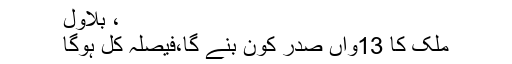
، بلاول
ملک کا 13واں صدر کون بنے گا،فیصلہ کل ہوگا